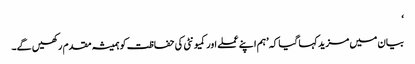
‘
بیان میں مزید کہا گیا کہ ’ہم اپنے عملے اور کمیونٹی کی حفاظت کو ہمیشہ مقدم رکھیں گے۔